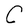
Character: C